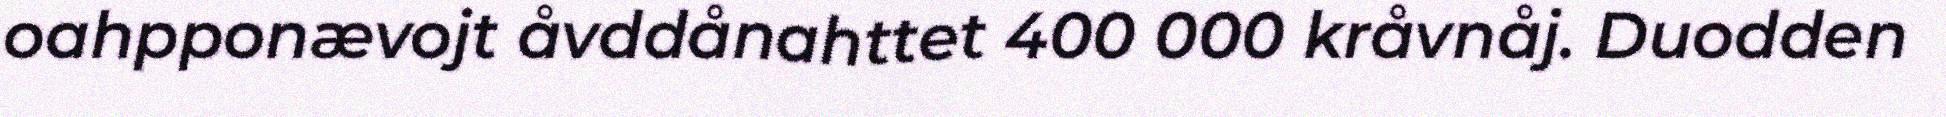
oahpponævojt åvddånahttet 400 000 kråvnåj. Duodden